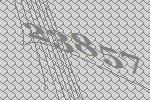
23857